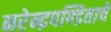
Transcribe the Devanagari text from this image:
नरेन्द्रपण्डिताचे